Note on the mental hospitals in Burma - 1925-1940
Year: 1925
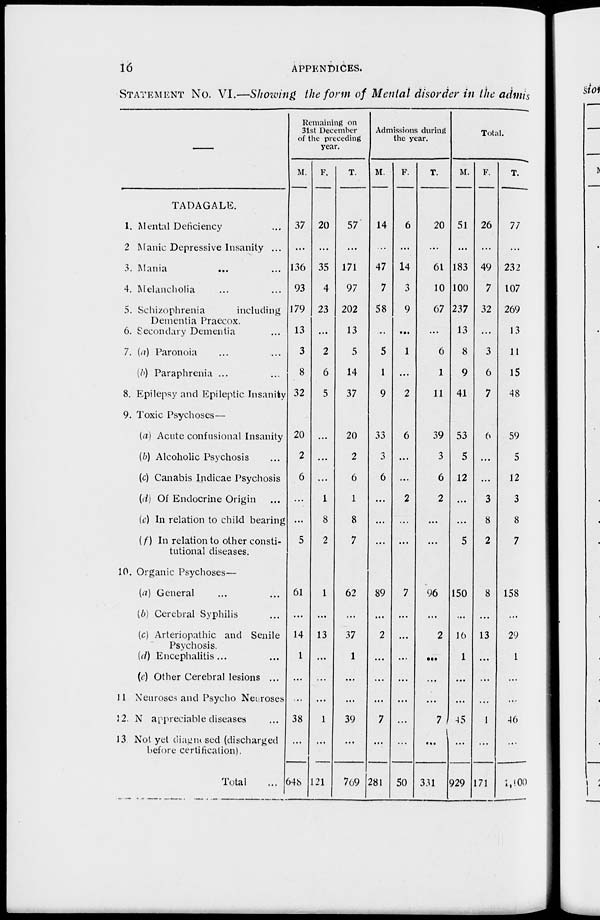
16
APPENDICES.
STATEMENT NO. VI.—Showing the form of Mental disorder in the admis
TADAGALE.
1. Mental Deficiency
2 Manic Depressive Insanity ...
3. Mania ... ...
4. Melancholia ... ...
5. Schizophrenia
including
Dementia Praecox.
6. Secondary Dementia ...
7. (a) Paronoia ... ...
(b) Paraphrenia ... ...
8. Epilepsy and Epileptic Insanity
9. Toxic Psychoses—
(a) Acute confusional Insanity
(b) Alcoholic Psychosis ...
(c) Canabis Indicae Psychosis
(d) Of Endocrine Origin ...
(c) In relation to child bearing
(f) In relation to other consti-
tutional diseases.
10. Organic Psychoses—
(a) General ... ...
(b) Cerebral Syphilis ...
(c) Arteriopathic and Senile
Psychosis. ... ...
(d) Encephalitis ... ...
(c) Other Cerebral lesions ...
11 Neuroses and Psycho Nearoses
12. No appreciable diseases ...
13 Not yet diagnosed (discharged
before certification).
Total ...
Remaining on
31st December
of the preceding
year.
M.
37
...
136
93
179
13
3
8
32
20
2
6
...
...
5
61
...
14
1
...
...
38
...
648
F.
20
...
35
4
23
...
2
6
5
...
...
...
1
8
2
1
...
13
...
...
...
1
...
121
T.
57
...
171
97
202
13
5
14
37
20
2
6
1
8
7
62
...
37
1
...
...
39
...
769
Admissions during
the year.
M.
14
...
47
7
58
...
5
1
9
33
3
6
...
...
...
89
...
2
...
...
...
7
...
281
F.
6
...
14
3
9
...
1
...
2
6
...
...
2
...
...
7
...
...
...
...
...
...
...
50
T.
20
...
61
10
67
...
6
1
11
39
3
6
2
...
...
96
...
2
...
...
...
7
...
331
Total.
M.
51
...
183
100
237
13
8
9
41
53
5
12
...
...
5
150
...
16
1
...
...
45
...
929
F.
26
...
49
7
32
...
3
6
7
6
...
...
3
8
2
8
...
13
...
...
...
1
...
171
T.
77
...
232
107
269
13
11
15
48
59
5
12
3
8
7
158
...
29
1
...
...
46
...
1,100